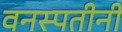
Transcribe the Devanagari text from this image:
वनस्पतीनी